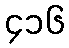
၄၁၆